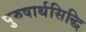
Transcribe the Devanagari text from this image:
पुरुषार्थसिद्धि